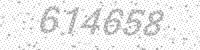
Solution: 614658